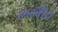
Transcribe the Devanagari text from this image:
खरबीचे